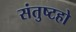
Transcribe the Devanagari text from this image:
संतुष्टहो